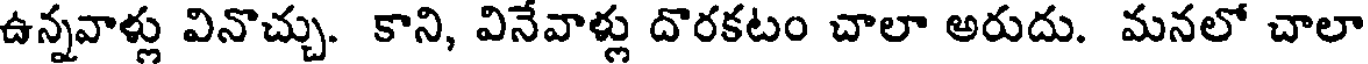
ఉన్నవాళ్లు వినొచ్చు. కాని, వినేవాళ్లు దొరకటం చాలా అరుదు. మనలో చాలా